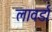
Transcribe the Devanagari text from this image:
लावर्डा